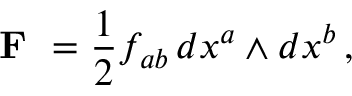
{ \textbf { F } } = { \frac { 1 } { 2 } } f _ { a b } \, d x ^ { a } \wedge d x ^ { b } \, ,